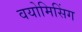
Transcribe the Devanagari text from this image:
वयोमिसिंग